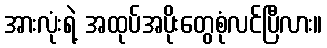
အားလုံးရဲ့ အထုပ်အပိုးတွေစုံလင်ပြီလား။